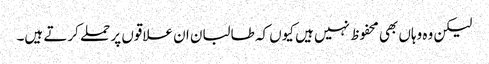
لیکن وہ وہاں بھی محفوظ نہیں ہیں کیوں کہ طالبان ان علاقوں پر حملے کرتے ہیں۔